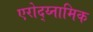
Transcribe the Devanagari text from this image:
एरोद्य्नामिक